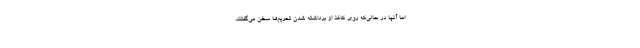
اما آنها در حالی‌که روی کاغذ از برداشته شدن تحریم‌ها سخن می‌گفتند،